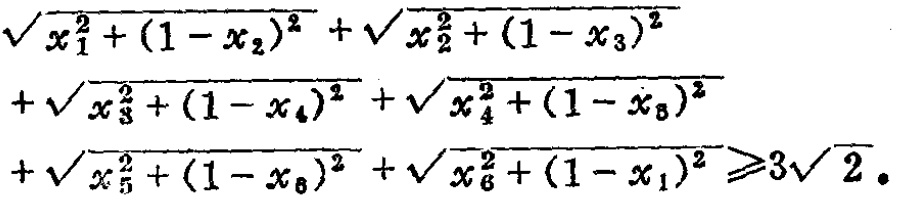
\(\sqrt{x_{1}^{2}+(1 - x_{2})^{2}}+\sqrt{x_{2}^{2}+(1 - x_{3})^{2}}+\sqrt{x_{3}^{2}+(1 - x_{4})^{2}}+\sqrt{x_{4}^{2}+(1 - x_{5})^{2}}+\sqrt{x_{5}^{2}+(1 - x_{6})^{2}}+\sqrt{x_{6}^{2}+(1 - x_{1})^{2}}\geqslant3\sqrt{2}\)